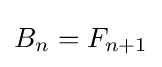
B_{n}=F_{n+1}